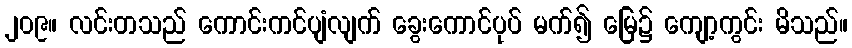
၂၀၉။ လင်းတသည် ကောင်းကင်ပျံလျက် ခွေးကောင်ပုပ် မက်၍ မြေ၌ ကျော့ကွင်း မိသည်။